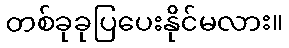
တစ်ခုခုပြပေးနိုင်မလား။